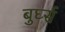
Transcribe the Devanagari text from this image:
बुर्घ्स